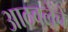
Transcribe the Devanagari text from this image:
आठवलेंचे